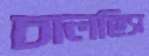
চালছিস